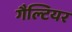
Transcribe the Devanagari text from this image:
गैल्टियर